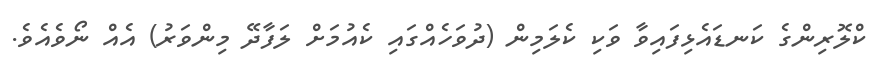
ކްލޮރިންގެ ކަނޑައެޅިފައިވާ ވަކި ކެލަމިން (ދުވަހެއްގައި ކެއުމަށް ލަފާދޭ މިންވަރު) އެއް ނޯވެއެވެ.